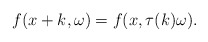
\begin{align*} f(x+k, \omega)= f(x, \tau(k) \omega).\end{align*}